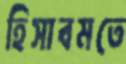
হিসাবমতে